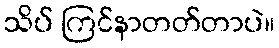
သိပ် ကြင်နာတတ်တာပဲ။